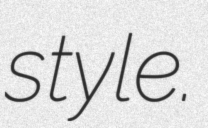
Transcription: style.